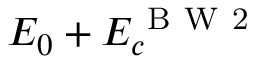
E _ { 0 } + E _ { c } ^ { \mathrm { ~ B ~ W ~ 2 ~ } }